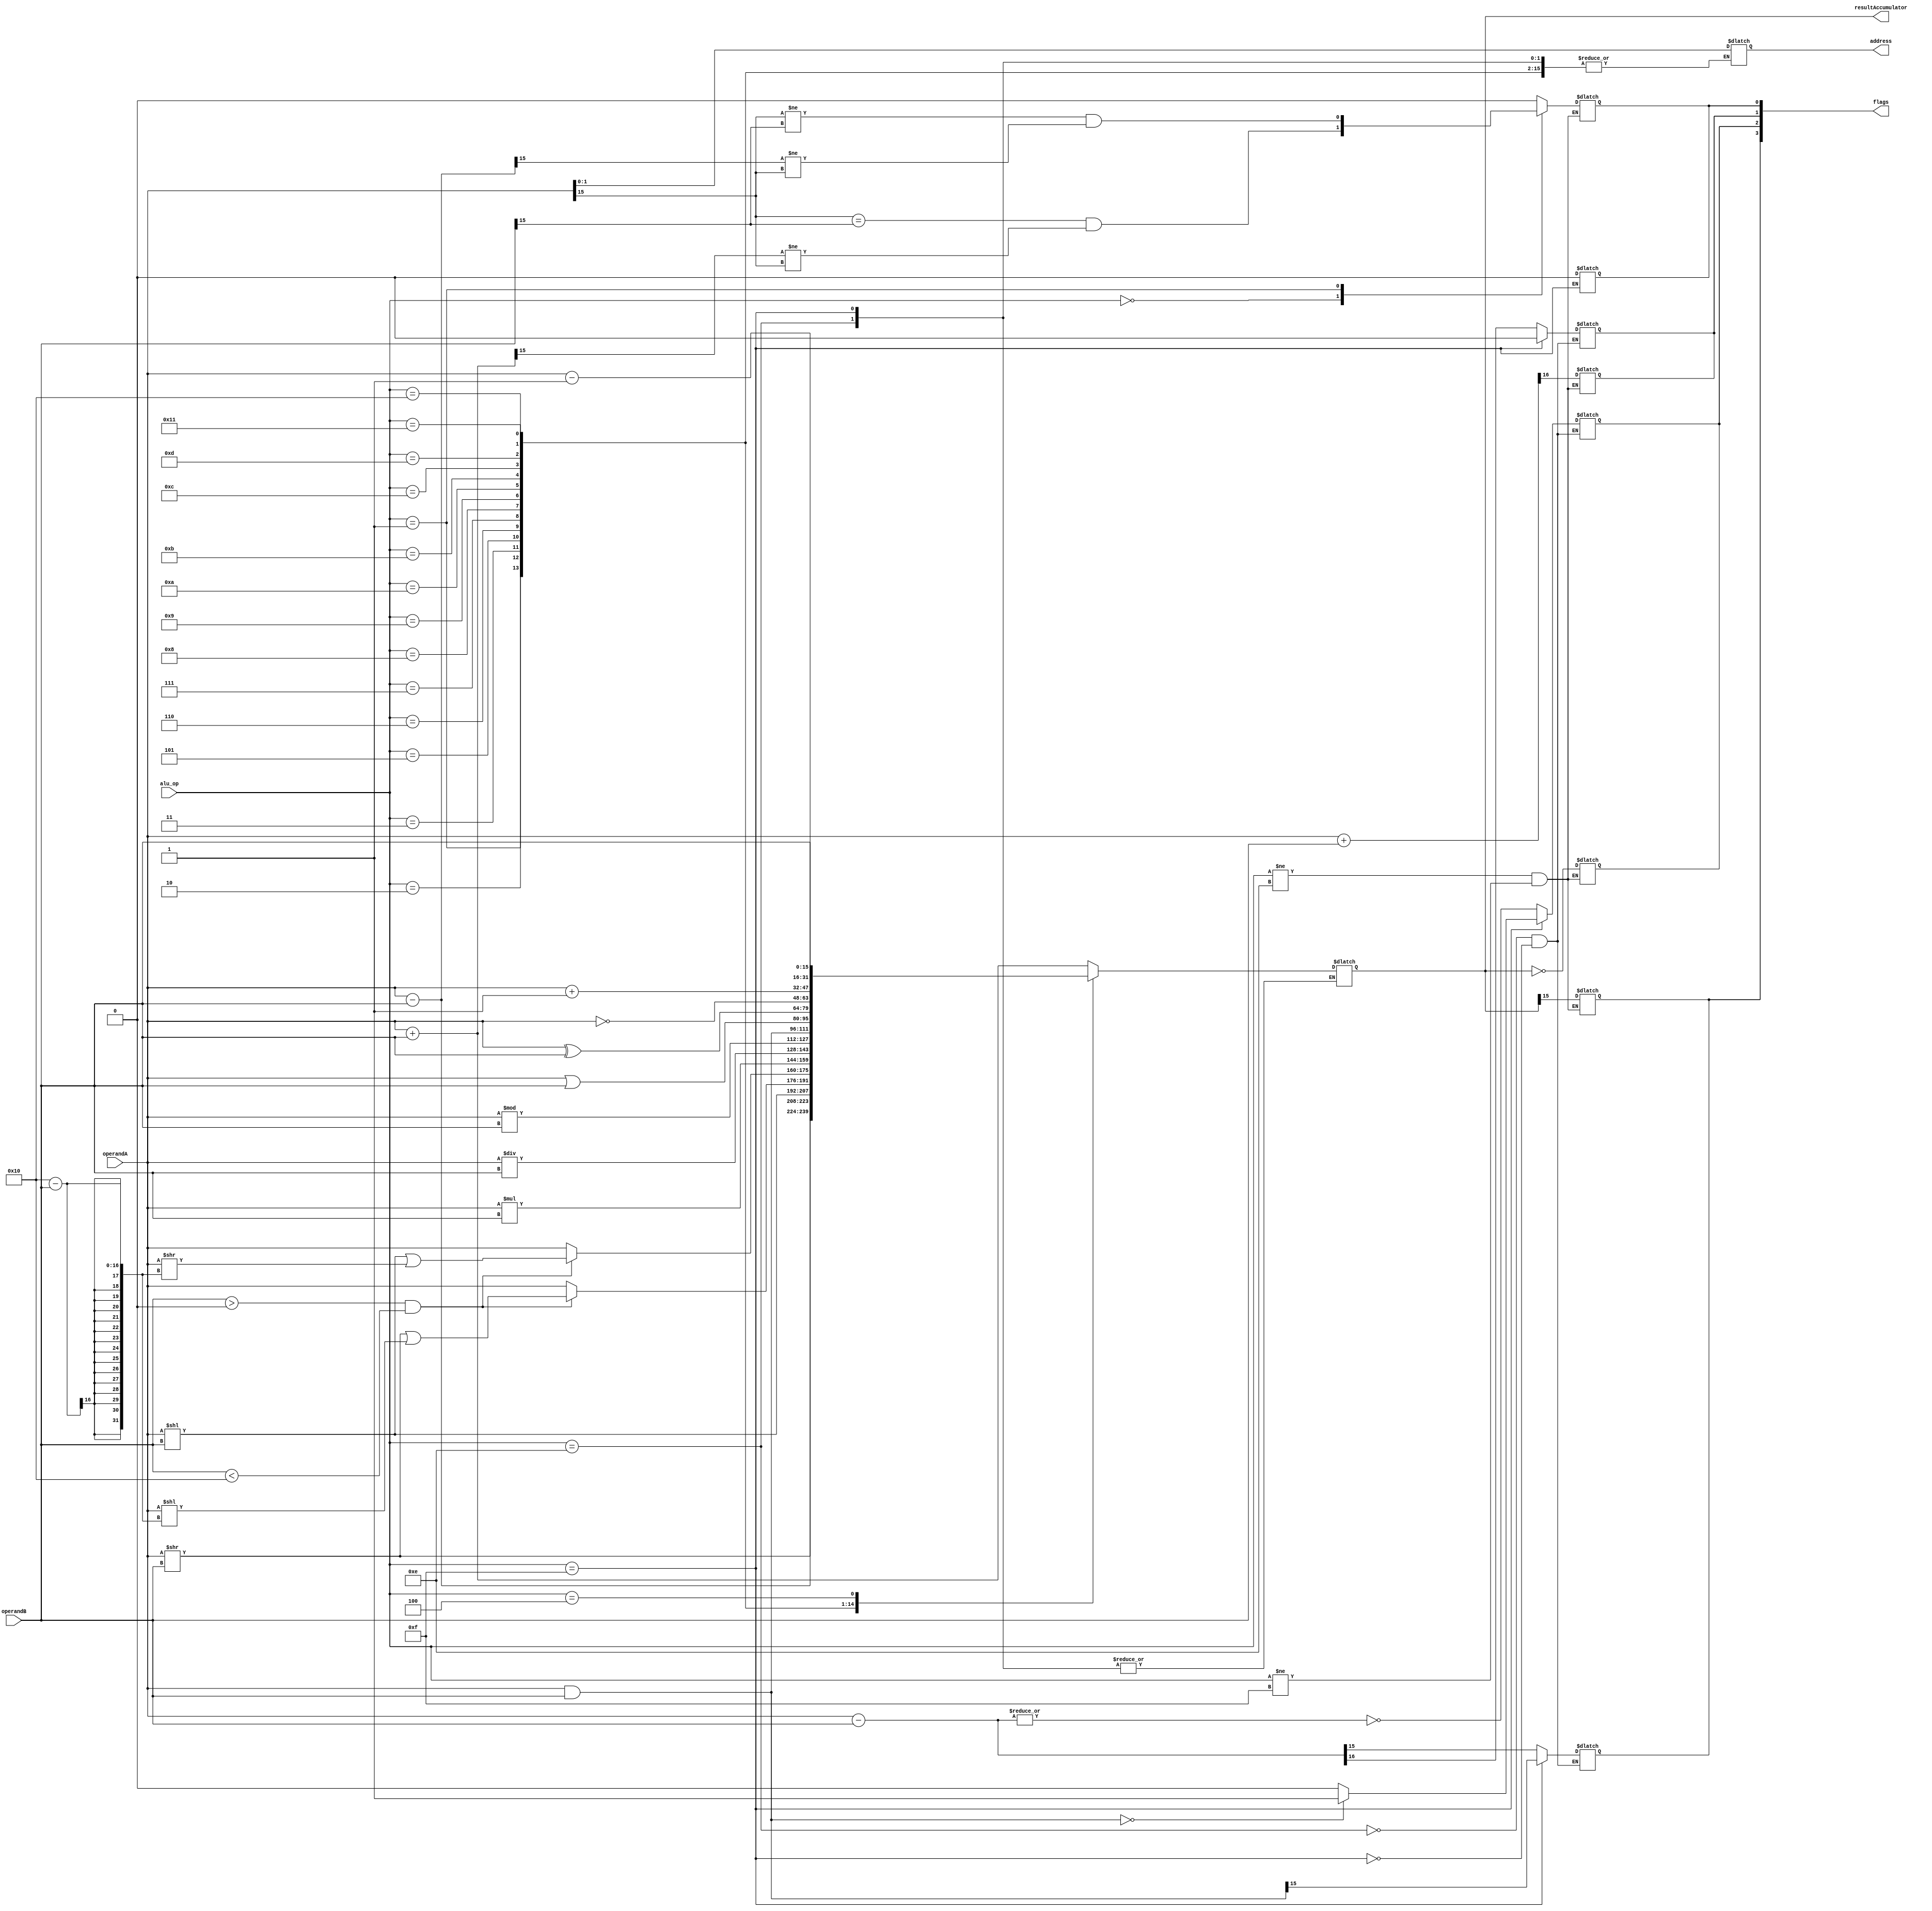
`timescale 1ns / 1ps
//////////////////////////////////////////////////////////////////////////////////
// Company: 
// Engineer: 
// 
// Design Name: 
// Module Name: alu
// Project Name: 
// Target Devices: 
// Tool Versions: 
// Description: 
// 
// Dependencies: 
// 
// Revision:
// Revision 0.01 - File Created
// Additional Comments:
// 
//////////////////////////////////////////////////////////////////////////////////


module alu #(parameter W = 16)(
    input [4:0] alu_op,
    input [W-1:0] operandA,
    input [W-1:0] operandB,
    output reg [W-1:0] resultAccumulator,
    output reg [1:0] address,
    output [3:0] flags
    );
    
    reg N, Z, C, V;
    reg [W:0] carry_check;
    reg [W:0] auxDifference;
    reg [W-1:0] andResult;
    reg signed [W:0] signed_opA, signed_opB, signed_result;
    
    //ALU operation codes
    parameter ADD = 5'b00000;
    parameter SUB = 5'b00001;
    parameter LSR = 5'b00010;
    parameter LSL = 5'b00011;
    parameter MOV = 5'b00100;
    parameter RSR = 5'b00101;
    parameter RSL = 5'b00110;
    parameter MUL = 5'b00111;
    parameter DIV = 5'b01000;
    parameter MOD = 5'b01001;
    parameter AND = 5'b01010;
    parameter OR = 5'b01011;
    parameter XOR = 5'b01100;
    parameter NOT = 5'b01101;
    parameter CMP = 5'b01110;
    parameter TST = 5'b01111;
    parameter INC = 5'b10000;
    parameter DEC = 5'b10001;    
    //Setting for MOV
    parameter ACCUMULATOR = 2'b00;
    parameter X = 2'b01;
    parameter Y = 2'b10;
    
    always @* begin
        case(alu_op)
            ADD : resultAccumulator = operandA + operandB;
            SUB : resultAccumulator = operandA - operandB;
            LSR : resultAccumulator = operandA >> operandB;
            LSL : resultAccumulator = operandA << operandB;
            RSR : begin
                    if (operandB > 0 && operandB < W) begin
                        resultAccumulator = operandA >> operandB | operandA << (W - operandB);
                    end else begin
                        resultAccumulator = operandA;
                    end
                  end
            RSL : begin
                    if (operandB > 0 && operandB < W) begin
                        resultAccumulator = operandA << operandB | operandA >> (W - operandB);
                    end else begin
                        resultAccumulator = operandA;
                    end
                  end
            MUL : resultAccumulator = operandA * operandB;
            DIV : resultAccumulator = operandA / operandB;
            MOD : resultAccumulator = operandA % operandB;
            AND : resultAccumulator = operandA & operandB;
            OR : resultAccumulator = operandA | operandB;
            XOR : resultAccumulator = operandA ^ operandB;
            NOT : resultAccumulator = ~operandA;
            CMP : begin
                    auxDifference = operandA - operandB;
                    N = auxDifference[W-1];
                    Z = ~|auxDifference;
                    C = auxDifference[W];
                  end
            TST : begin
                    andResult = operandA & operandB;
                    if(andResult == 16'h0000) begin
                        Z = 1;
                    end
                    else begin
                        Z = 0;
                    end
                    
                    N = andResult[W-1];
                    C = 0;
                    V = 0;
                  end
            INC : resultAccumulator = operandA + 1;
            DEC : resultAccumulator = operandA - 1;
            MOV : begin
                address = operandA[1:0];
                resultAccumulator = operandB;
            end
            default : begin
                resultAccumulator = 16'hxxxx;
                address = 2'bxx;
            end
        endcase
    end
    
    always @* begin
        if(alu_op != CMP && alu_op != TST) begin
            carry_check = operandA + operandB;
            N = resultAccumulator[W-1];
            Z = (resultAccumulator == 0);
            C = carry_check[W];
            
            signed_opA = operandA;
            signed_opB = operandB;

            case (alu_op)
                ADD: begin
                    signed_result = signed_opA + signed_opB;
                    V = ((signed_opA[W-1] == signed_opB[W-1]) && (signed_result[W-1] != signed_opA[W-1]));
                end
                SUB: begin
                    signed_result = signed_opA - signed_opB;
                    V = ((signed_opA[W-1] != signed_opB[W-1]) && (signed_result[W-1] != signed_opA[W-1]));
                end
                default: begin
                    V = 0;
                end
            endcase
        end
    end
    
    assign flags = {N, Z, C, V};
    
endmodule